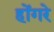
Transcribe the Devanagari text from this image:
होंगरे